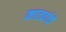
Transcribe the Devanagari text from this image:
काट्यांचे